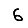
Digit: 6